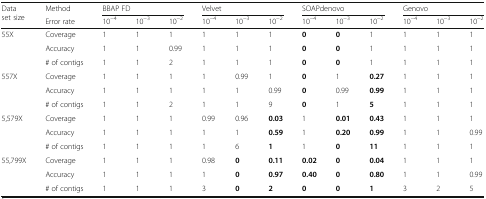
| <ROWSPAN=2> Data set size | Method | <COLSPAN=3> BBAP FD | <COLSPAN=3> Velvet | <COLSPAN=3> SOAPdenovo | <COLSPAN=3> Genovo |
 | Error rate | 10−4 | 10−3 | 10−2 | 10−4 | 10−3 | 10−2 | 10−4 | 10−3 | 10−2 | 10−4 | 10−3 | 10−2 |
 | --- | --- | --- | --- | --- | --- | --- | --- | --- | --- | --- | --- | --- | --- |
 | <ROWSPAN=3> 55X | Coverage | 1 | 1 | 1 | 1 | 1 | 1 | 0 | 0 | 1 | 1 | 1 | 1 |
 | Accuracy | 1 | 1 | 0.99 | 1 | 1 | 1 | 0 | 0 | 1 | 1 | 1 | 1 |
 | # of contigs | 1 | 1 | 2 | 1 | 1 | 1 | 0 | 0 | 1 | 1 | 1 | 1 |
 | <ROWSPAN=3> 557X | Coverage | 1 | 1 | 1 | 1 | 0.99 | 1 | 0 | 1 | 0.27 | 1 | 1 | 1 |
 | Accuracy | 1 | 1 | 1 | 1 | 1 | 0.99 | 0 | 0.99 | 0.99 | 1 | 1 | 1 |
 | # of contigs | 1 | 1 | 2 | 1 | 1 | 9 | 0 | 1 | 5 | 1 | 1 | 1 |
 | <ROWSPAN=3> 5,579X | Coverage | 1 | 1 | 1 | 0.99 | 0.96 | 0.03 | 1 | 0.01 | 0.43 | 1 | 1 | 1 |
 | Accuracy | 1 | 1 | 1 | 1 | 1 | 0.59 | 1 | 0.20 | 0.99 | 1 | 1 | 0.99 |
 | # of contigs | 1 | 1 | 1 | 1 | 6 | 1 | 1 | 0 | 11 | 1 | 1 | 1 |
 | <ROWSPAN=3> 55,799X | Coverage | 1 | 1 | 1 | 0.98 | 0 | 0.11 | 0.02 | 0 | 0.04 | 1 | 1 | 1 |
 | Accuracy | 1 | 1 | 1 | 1 | 0 | 0.97 | 0.40 | 0 | 0.80 | 1 | 1 | 0.99 |
 | # of contigs | 1 | 1 | 1 | 3 | 0 | 2 | 0 | 0 | 1 | 3 | 2 | 5 |